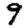
Digit: 9